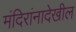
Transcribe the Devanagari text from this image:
मंदिरांनादेखील